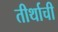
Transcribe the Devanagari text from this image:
तीर्थाची